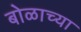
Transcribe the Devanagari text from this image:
बोळाच्या